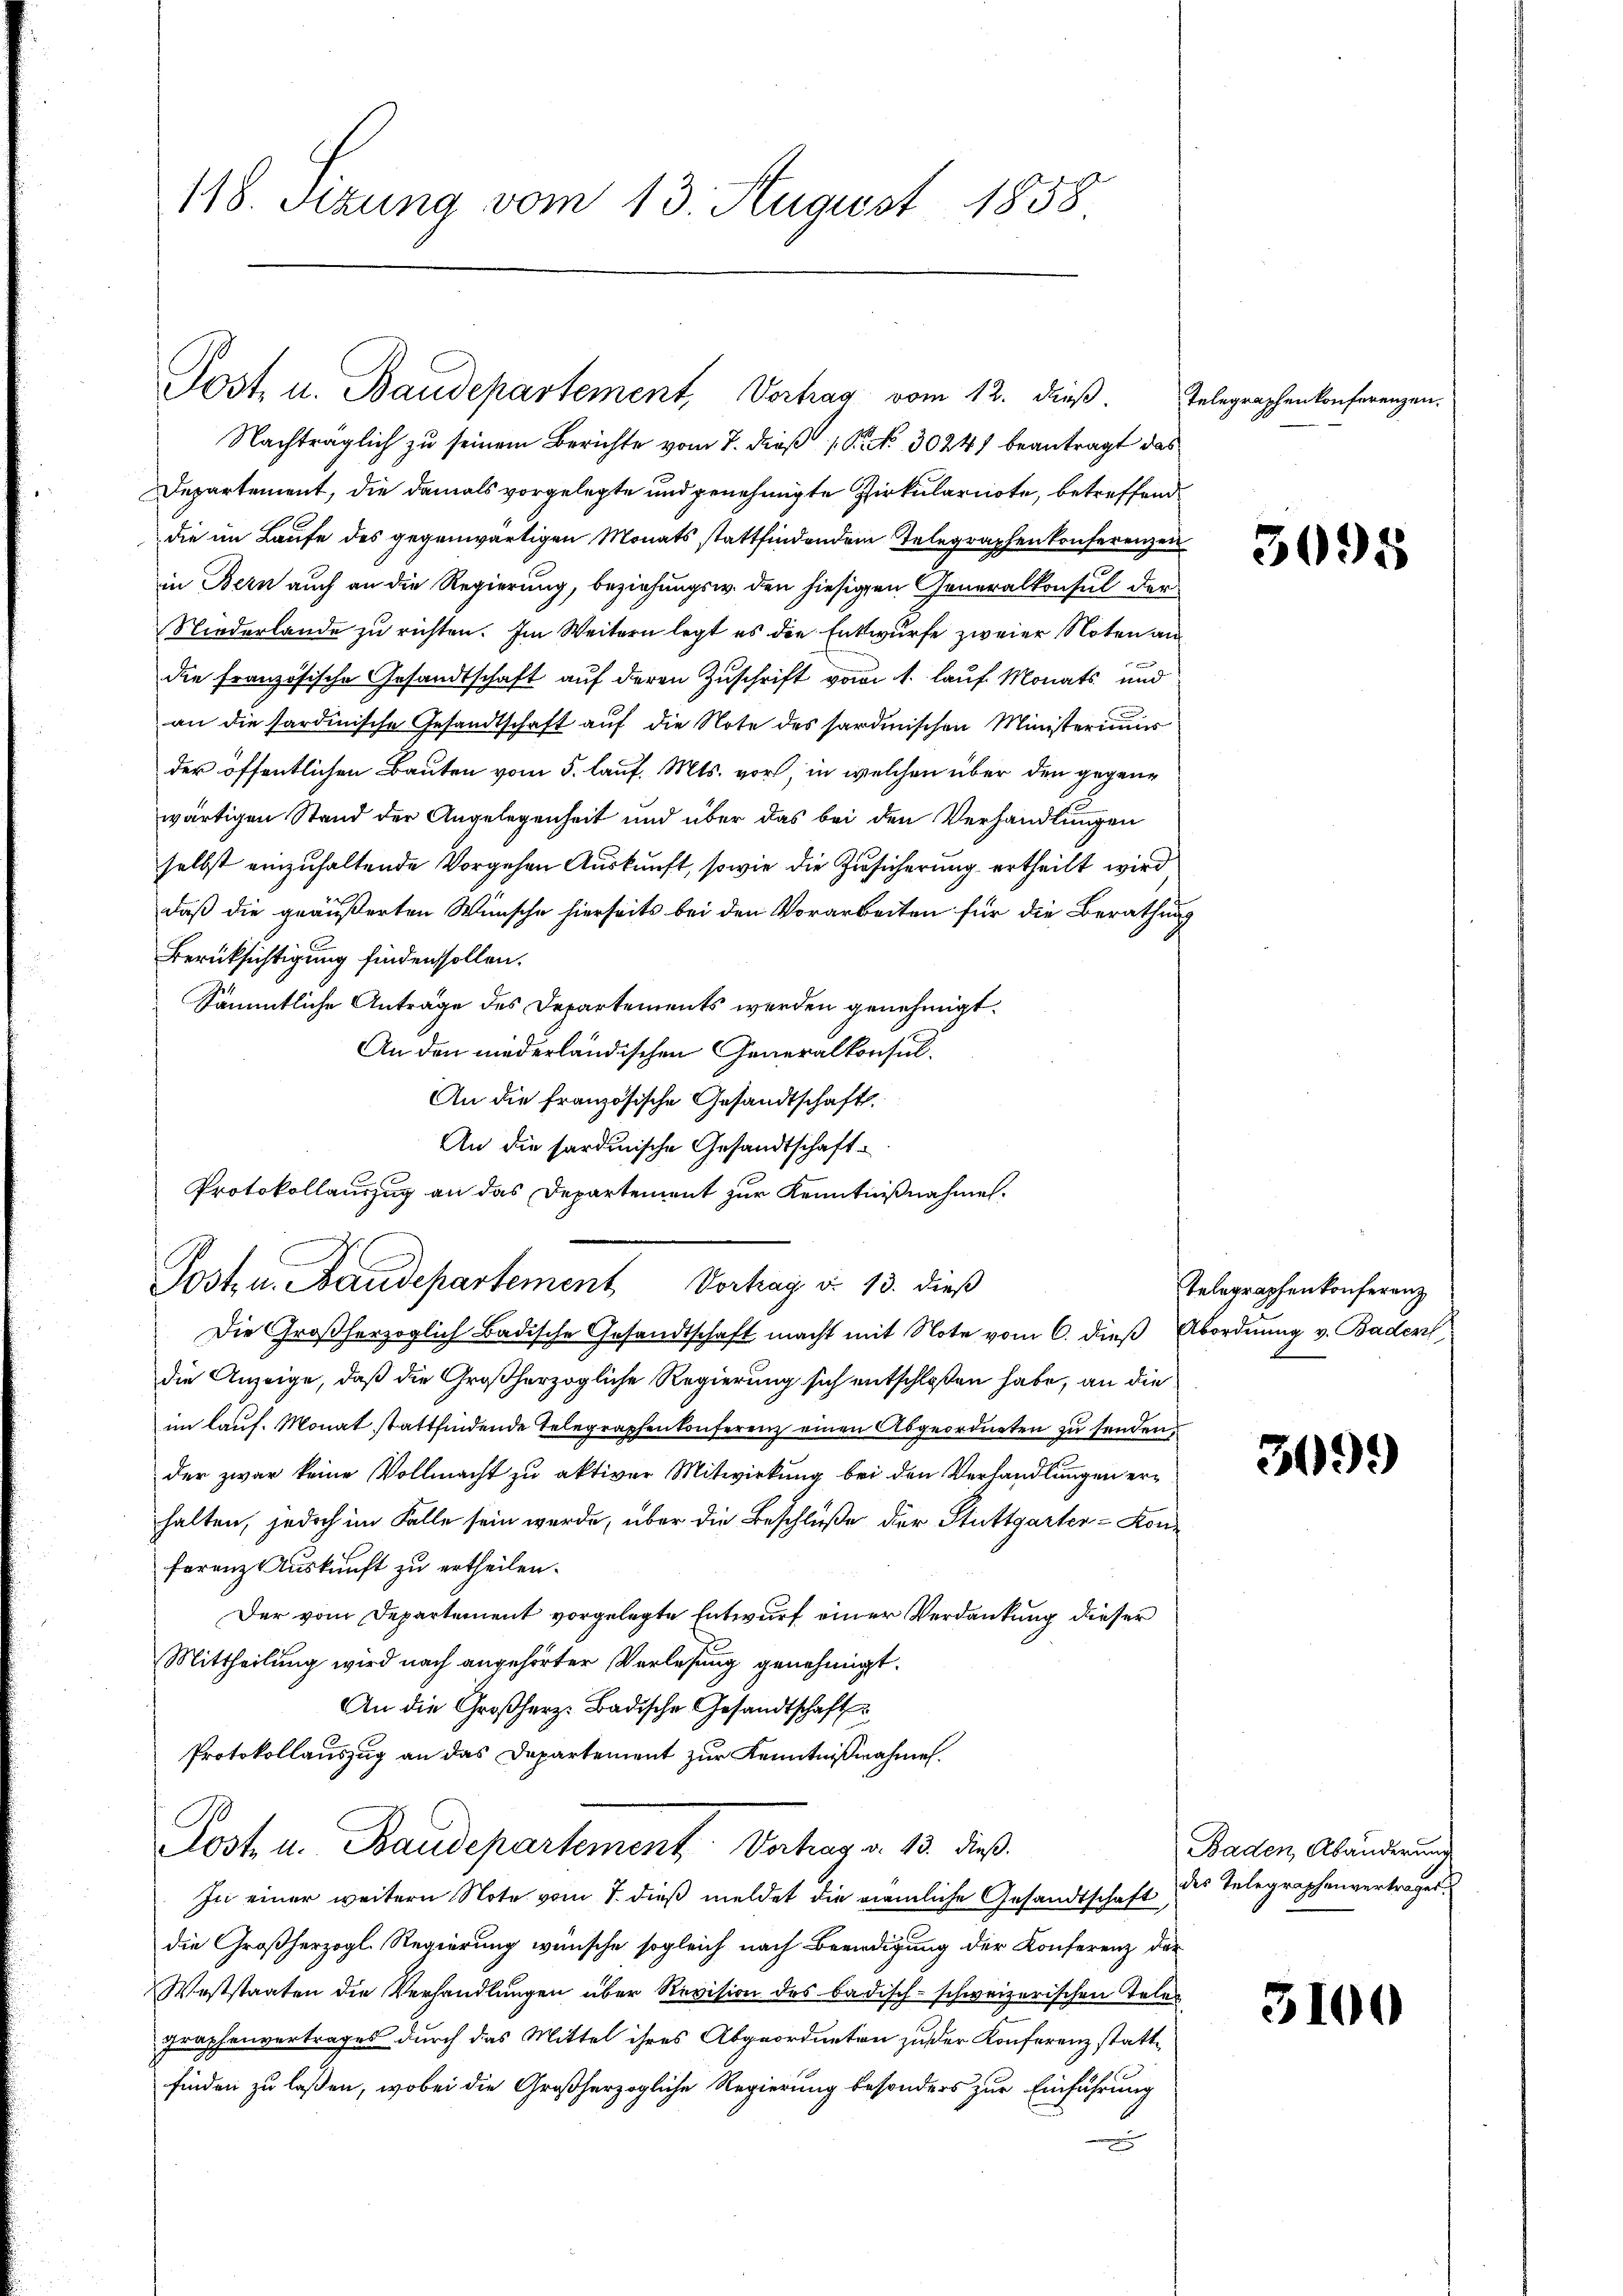
118. Sitzung vom 13. August 1858

Post. u. Baudepartement, Vortrag vom 12. dieß

Nachträglich zu seinem Berichte vom 7. dieß Sr. No. 30241 beantragt das
Departement, die damals vorgelegte und genehmigte Zirkulariote, betreffend
die im Laufe des gegenwärtigen Monats stattfindendem Telegraphen konferenzen
in Bern auch an die Regierung, beziehungsw. den hiesigen Generalkonsul der
Niederlande zu richten. Im Weitern legt es die Entwurfe zweier Noten an
die französische Gesandtschaft auf deren Zuschrift vom 1. lauf Monats und
an die sardinische Gesandtschaft auf die Note des Sardinischen Ministerium
der öffentlichen Bauten vom 5. lauf. Mts. vor, in welchen über den gegene
wärtigen Stand der Angelegenheit und über das bei den Verhandlungen
selbst einzuhaltende Vorgehen Auskunft, sowie die Zusicherung ertheilt wird,
daß die geäußerten Wünsche hierseits bei den Vorarbeiten für die Berathung
Berücksichtigung finden sollen.
Sämmtliche Anträge des Departements werden genehmigt.
An den niederländischen Generalkonsul¬
An die französische Gesandtschaft.
An die sardinische Gesandtschaft
Die Großherzoglich Badische Gesandtschaft macht mit Note vom 6. dieß Abordnung v. Badens
die Anzeige, daß die Großherzogliche Regierung sich entschloßen habe, an die
im lauf. Monat stattfindende Telegraphen Conferenz einen Abgeordneten zu senden,
der zwar keine Vollmacht zu aktiver Mitwirkung bei den Verhandlungen erhalten, jedoch im Falle sein werde, über die Beschluße der Stuttgarter- Kon-
ferenz Auskunft zu ertheilen.
Der vom Departement vorgelegte Entwurf einer Verdankung dieser
Mittheilung wird nach angehörter Verlesung genehmigt.
An die Großherz- Badische Gesandtschaft
Protokollauszug an das Departement zur Kenntnißnahmen.
Post u. Baudepartement. Vortrag v. 13. dieß
In einer weitern Note vom 1. dieß meldet die nämliche Gesandtschaft
die Großherzogl. Regierung wünsche sogleich nach Beendigung der Konferenz der
Weststaaten die Verhandlungen über Revision des badisch-schweizerischen Teles
Fraphenvertrages durch das Mittel ihres Abgeordneten zu der Konferenz stattfinden zu laßen, wobei die Großherzogliche Regierung besonders zur Einführung

Protokollauszug an das Departement zur Kenntnißnahme.
Posten. Baudepartement Vortrag d. 13. dieß

Telegraphen konferenzen.

3095

Telegraphen konferenz

3099

Baden, Abänderung
des Telegraphenvertrages.

3100